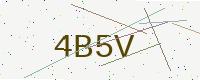
Text: 4B5V